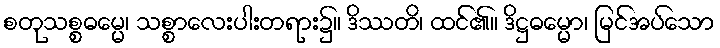
စတုသစ္စဓမ္မေ၊ သစ္စာလေးပါးတရား၌။ ဒိဿတိ၊ ထင်၏။ ဒိဋ္ဌဓမ္မော၊ မြင်အပ်သော